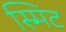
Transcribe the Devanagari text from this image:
स्मिट